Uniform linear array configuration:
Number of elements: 48
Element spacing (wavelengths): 0.25
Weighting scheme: exponential
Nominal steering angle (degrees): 15
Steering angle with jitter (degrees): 16.993
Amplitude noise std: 0.05
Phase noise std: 0.05

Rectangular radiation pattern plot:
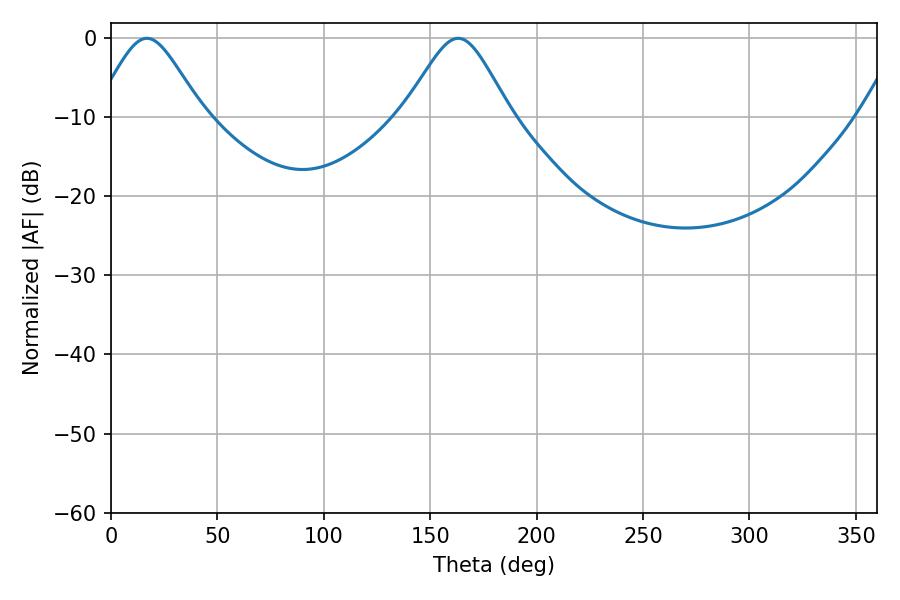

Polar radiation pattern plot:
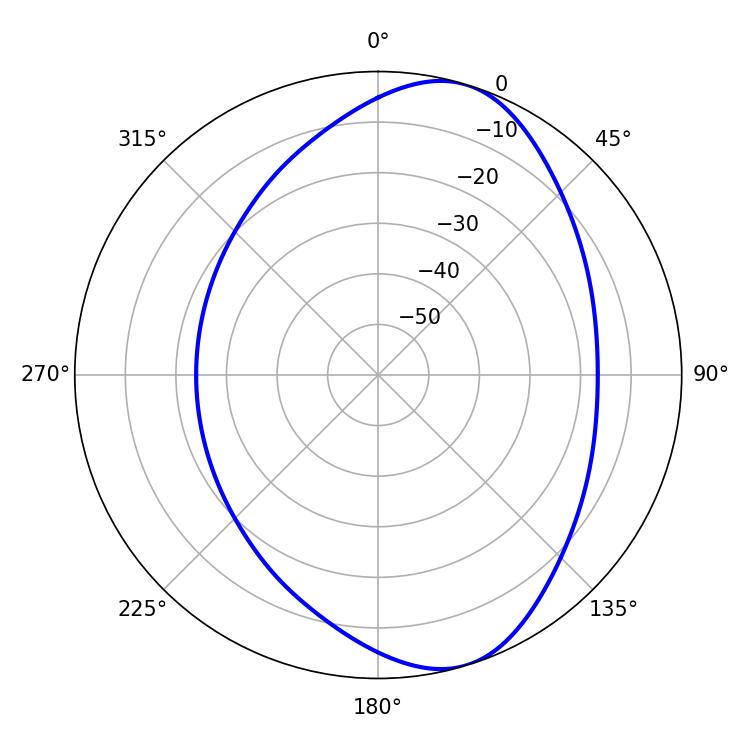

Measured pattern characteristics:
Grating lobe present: FALSE
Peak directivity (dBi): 7.95
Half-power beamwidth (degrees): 24.48
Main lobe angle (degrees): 16.92